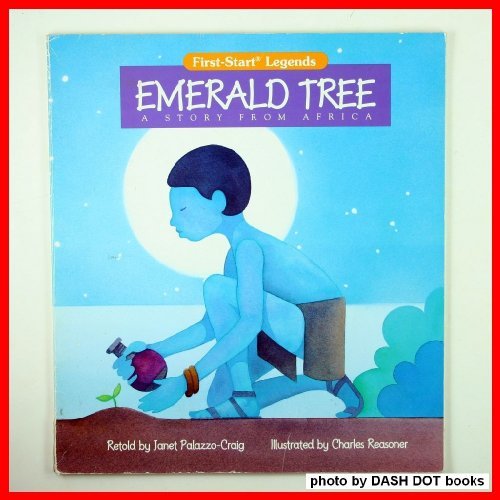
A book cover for Emerald Tree, A Story from Africa; Janet Palazzo-Craig; Children's Books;